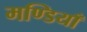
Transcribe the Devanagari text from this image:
मण्डियाँ